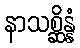
နာသစ္ဆိန္နံ